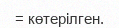
= көтерілген.